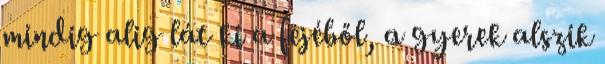
mindig alig lát ki a fejéből, a gyerek alszik